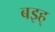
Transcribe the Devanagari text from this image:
बइह्‌